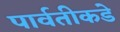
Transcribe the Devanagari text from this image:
पार्वतीकडे